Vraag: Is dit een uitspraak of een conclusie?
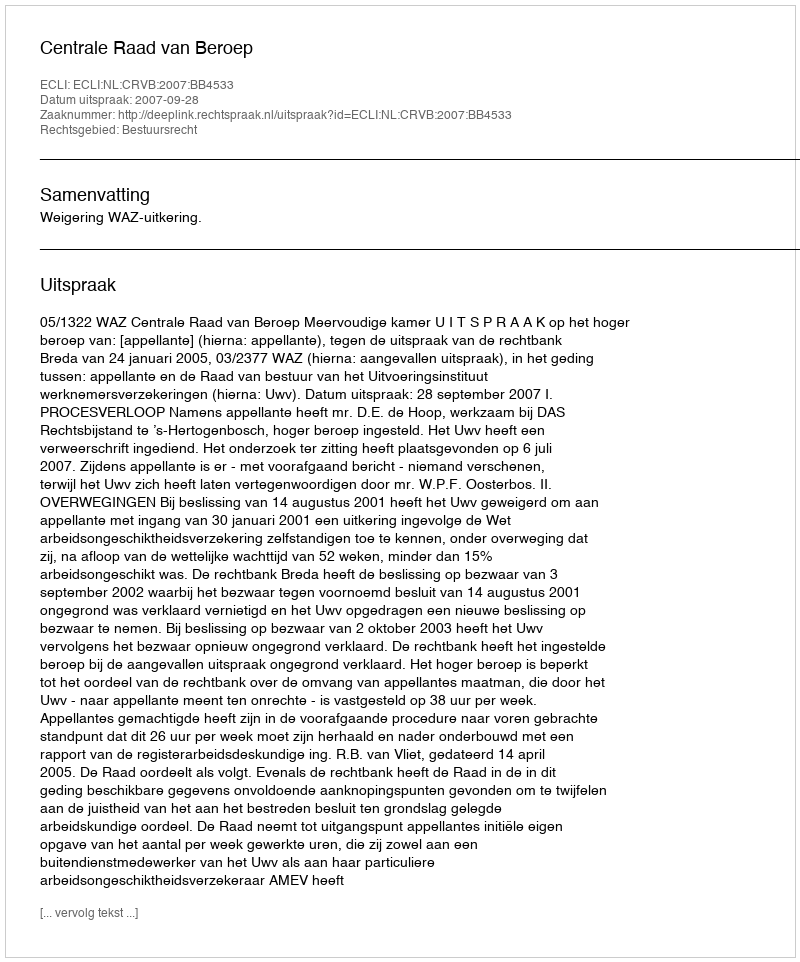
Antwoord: Uitspraak